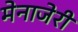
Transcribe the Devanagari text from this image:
मेनाजेरी